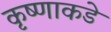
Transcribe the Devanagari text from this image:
कृष्णाकडे